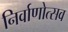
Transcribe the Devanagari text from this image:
निर्वाणोत्सव